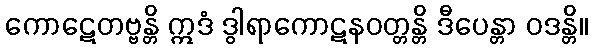
ကောဋေတဗ္ဗန္တိ ဣဒံ ဒွါရာကောဋနဝတ္တန္တိ ဒီပေန္တာ ဝဒန္တိ။